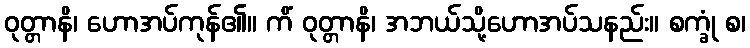
ဝုတ္တာနိ၊ ဟောအပ်ကုန်၏။ ကိံ ဝုတ္တာနိ၊ အဘယ်သို့ဟောအပ်သနည်း။ စက္ခုံ စ၊